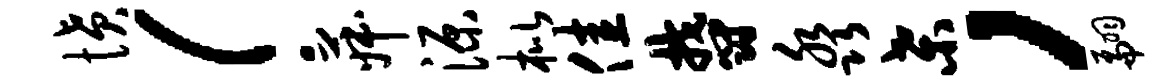
愤！菽源枇佳郁淼桑，翩